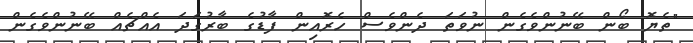
"ތެޔޮ ބޯން ބޭނުންވެގެން ނުވަތަ ދެންވެސް ހެރޮއިން ފާޑުގެ ބާރުގަަދަ އެއްޗެއް ބޭނުންވެގެން